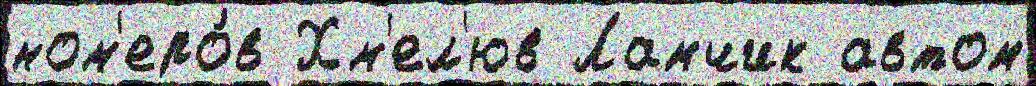
ном'еро́в Хм'ел'юв Ламчик автом